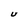
Character: U